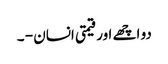
دو اچھے اور قیمتی انسان - ۔